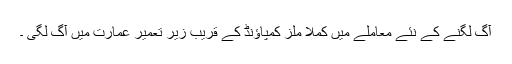
آگ لگنے کے نئے معاملے میں کملا ملز کمپاؤنڈ کے قریب زیر تعمیر عمارت میں آگ لگی ۔